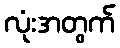
လုံးအတွက်